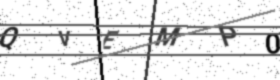
Text: QVEMP0